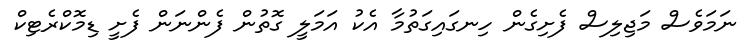
ނަމަވެސް މަޖިލިސް ފެށިގެން ހިނގައިގަތުމާ އެކު އަމަލީ ގޮތުން ފެންނަން ފެށީ ޑިމޮކްރެޓިކް